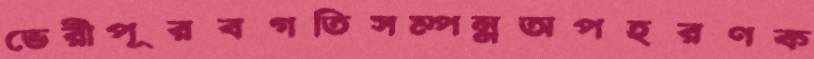
ভেরীপূরবগতিসম্পন্নঅপহরণক